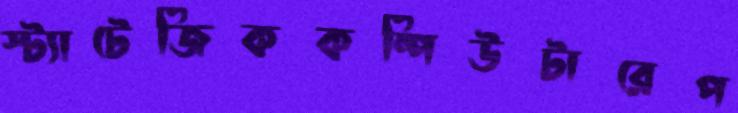
স্ট্যাটেজিককম্পিউটারেপ